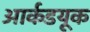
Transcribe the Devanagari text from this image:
आर्कडयूक